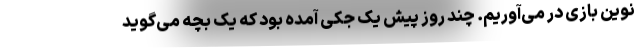
نوین بازی در می‌آوریم. چند روز پیش یک جُکی آمده بود که یک بچه می‌گوید